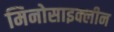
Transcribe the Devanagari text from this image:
मिनोसाइक्लीन